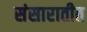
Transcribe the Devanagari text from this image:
संसारातीत